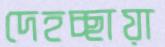
দেহচ্ছায়া